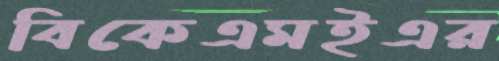
বিকেএমইএর